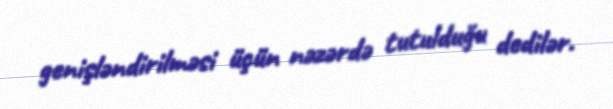
genişləndirilməsi üçün nəzərdə tutulduğu dedilər.